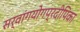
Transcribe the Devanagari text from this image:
सर्वांगयोगप्रदीपिका